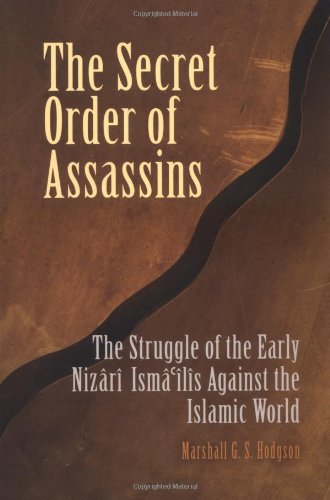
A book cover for The Secret Order of Assassins: The Struggle of the Early Nizari Ismai'lis Against the Islamic World; Marshall G. S. Hodgson; Religion & Spirituality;